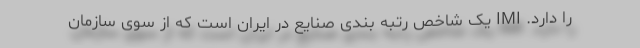
را دارد. IMI یک شاخص رتبه بندی صنایع در ایران است که از سوی سازمان